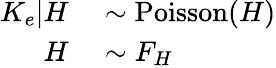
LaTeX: \begin{array}{rl}{K_{e}|H}&{{}\sim\operatorname{Poisson}(H)}\\ {H}&{{}\sim F_{H}}\end{array}